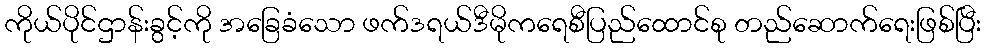
ကိုယ်ပိုင်ဌာန်းခွင့်ကို အခြေခံသော ဖက်ဒရယ်ဒီမိုကရေစီပြည်ထောင်စု တည်ဆောက်ရေးဖြစ်ပြီး